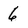
Character: 6